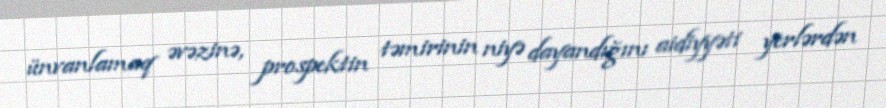
ünvanlamaq əvəzinə, prospektin təmirinin niyə dayandığını aidiyyəti yerlərdən